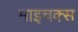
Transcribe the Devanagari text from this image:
माइचक्स